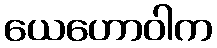
ယေဟောဝါက